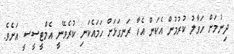
ދިނުމަށް ހަވާލު ކުރުމުން އެކަން އެހާ ރަނގަޅަށް ހަމައެކަނި ކުރެވޭނީ އެމްޓީސީސީ އަށެވެ.